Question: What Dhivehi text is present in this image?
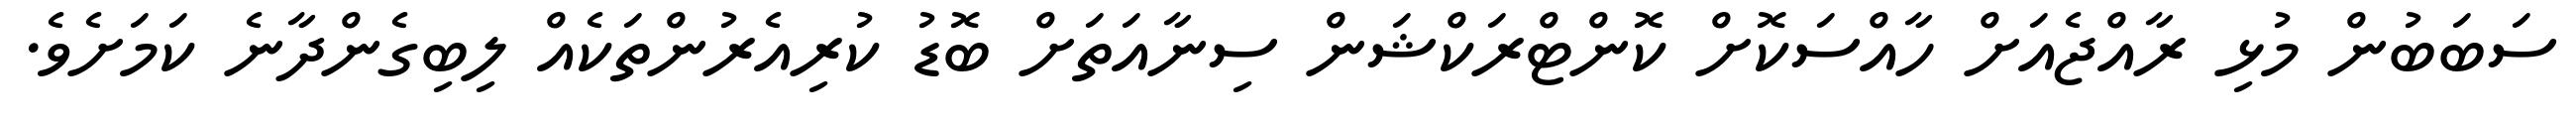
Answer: ސަބަބުން މުޅި ރާއްޖެއަށް ހާއްސަކޮށް ކޮންޓްރަކްޝަން ސިނާއަތަށް ބޮޑު ކުރިއެރުންތަކެއް ލިބިގެންދާނެ ކަމަށެވެ.